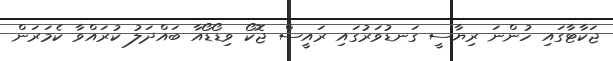
ޖަކާޓާގައި ހުންނަ ރިޔާސީ ގަނޑުވަރުގައި ރައީސް ޖޮކޯ ވިޑޯޑޯއާ ބައްދަލު ކުރައްވާ ކެމަރަން